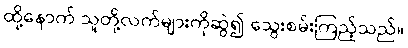
ထို့နောက် သူတို့လက်များကိုဆွဲ၍ သွေးစမ်းကြည့်သည်။